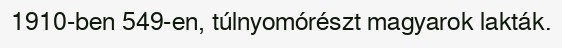
1910-ben 549-en, túlnyomórészt magyarok lakták.